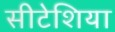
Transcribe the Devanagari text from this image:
सीटेशिया